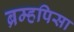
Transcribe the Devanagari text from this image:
ब्रम्हपिसा